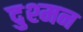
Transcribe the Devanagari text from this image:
दुश्‍मन